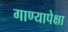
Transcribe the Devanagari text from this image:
गाण्यापेक्षा